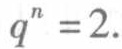
\(q^{n}=2\)